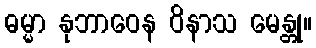
ဓမ္မာ နုဘာဝေန ဝိနာသ မေန္တု။